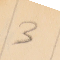
3